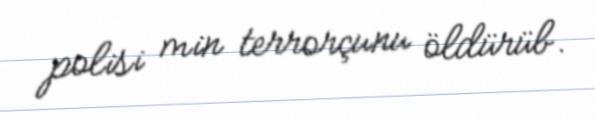
polisi min terrorçunu öldürüb.